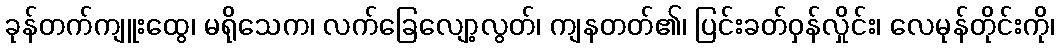
ခုန်တက်ကျူးထွေ၊ မရိုသေက၊ လက်ခြေလျော့လွတ်၊ ကျနတတ်၏၊ ပြင်းခတ်ဝှန်လှိုင်း၊ လေမုန်တိုင်းကို၊